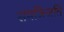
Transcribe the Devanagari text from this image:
समज्त्जिति